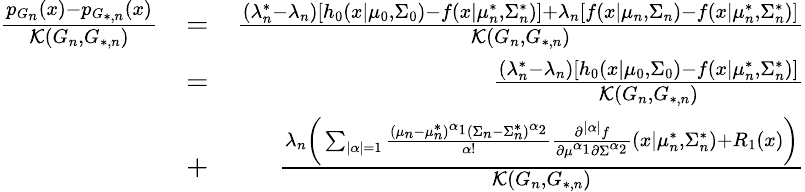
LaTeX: \begin{array}{rlr}{\frac{p_{G_{n}}(x)-p_{G_{*,n}}(x)}{\mathcal{K}(G_{n},G_{*,n})}}&{=}&{\frac{(\lambda_{n}^{*}-\lambda_{n})[h_{0}(x|\mu_{0},\Sigma_{0})-f(x|\mu_{n}^{*},\Sigma_{n}^{*})]+\lambda_{n}[f(x|\mu_{n},\Sigma_{n})-f(x|\mu_{n}^{*},\Sigma_{n}^{*})]}{\mathcal{K}(G_{n},G_{*,n})}}\\ &{=}&{\frac{(\lambda_{n}^{*}-\lambda_{n})[h_{0}(x|\mu_{0},\Sigma_{0})-f(x|\mu_{n}^{*},\Sigma_{n}^{*})]}{\mathcal{K}(G_{n},G_{*,n})}}\\ &{+}&{\frac{\lambda_{n}\biggr(\sum_{|\alpha|=1}\frac{(\mu_{n}-\mu_{n}^{*})^{\alpha_{1}}(\Sigma_{n}-\Sigma_{n}^{*})^{\alpha_{2}}}{\alpha!}\frac{\partial^{|\alpha|}{f}}{\partial{\mu^{\alpha_{1}}}\partial{\Sigma^{\alpha_{2}}}}(x|\mu_{n}^{*},\Sigma_{n}^{*})+R_{1}(x)\biggr)}{\mathcal{K}(G_{n},G_{*,n})}}\end{array}